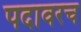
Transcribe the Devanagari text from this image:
पदावरच